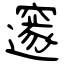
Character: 邃